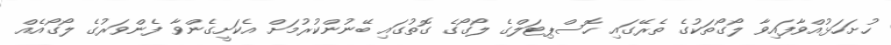
ހުށަހަޅުއްވާފައިވާ ލޯގޯތަކުގެ ތެރޭގައި ހޮސްޕިޓަލްގެ ލޯގޯގެ ގޮތުގައި ބޭނުންކުރުމަށް އެކަށީގެންވާ ފެންވަރުގެ ލޯގޯއެއް